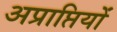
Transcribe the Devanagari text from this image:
अप्राप्तियों